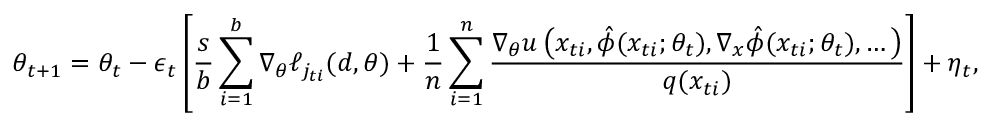
\theta _ { t + 1 } = \theta _ { t } - \epsilon _ { t } \left[ \frac { s } { b } \sum _ { i = 1 } ^ { b } \nabla _ { \theta } \ell _ { j _ { t i } } ( d , \theta ) + \frac { 1 } { n } \sum _ { i = 1 } ^ { n } \frac { \nabla _ { \theta } u \left( x _ { t i } , \hat { \phi } ( x _ { t i } ; \theta _ { t } ) , \nabla _ { x } \hat { \phi } ( x _ { t i } ; \theta _ { t } ) , \dots \right) } { q ( x _ { t i } ) } \right] + \eta _ { t } ,